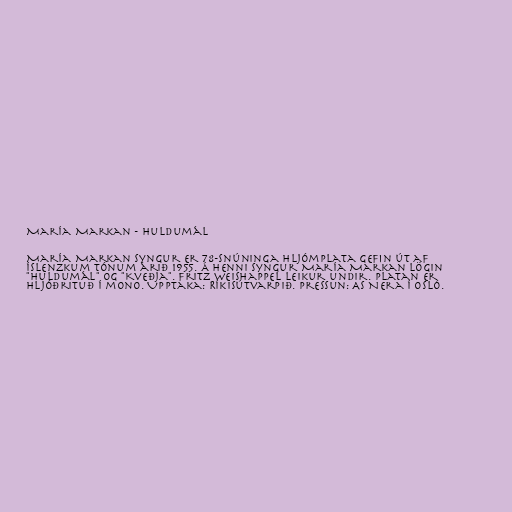
María Markan - Huldumál

María Markan syngur er 78-snúninga hljómplata gefin út af
Íslenzkum tónum árið 1955. Á henni syngur María Markan lögin
"Huldumál" og "Kveðja". Fritz Weishappel leikur undir. Platan er
hljóðrituð í mono. Upptaka: Ríkisútvarpið. Pressun: AS Nera í Osló.